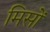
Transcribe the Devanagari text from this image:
मिसों